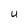
Character: U